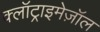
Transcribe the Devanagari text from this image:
क्लॉट्राइमेज़ॉल